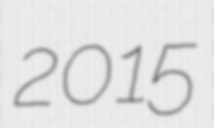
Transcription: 2015